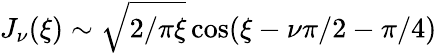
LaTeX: J_{\nu}(\xi)\sim\sqrt{2/\pi\xi}\cos(\xi-\nu\pi/2-\pi/4)